Jarvakandi_vallavalitsus, lk 84
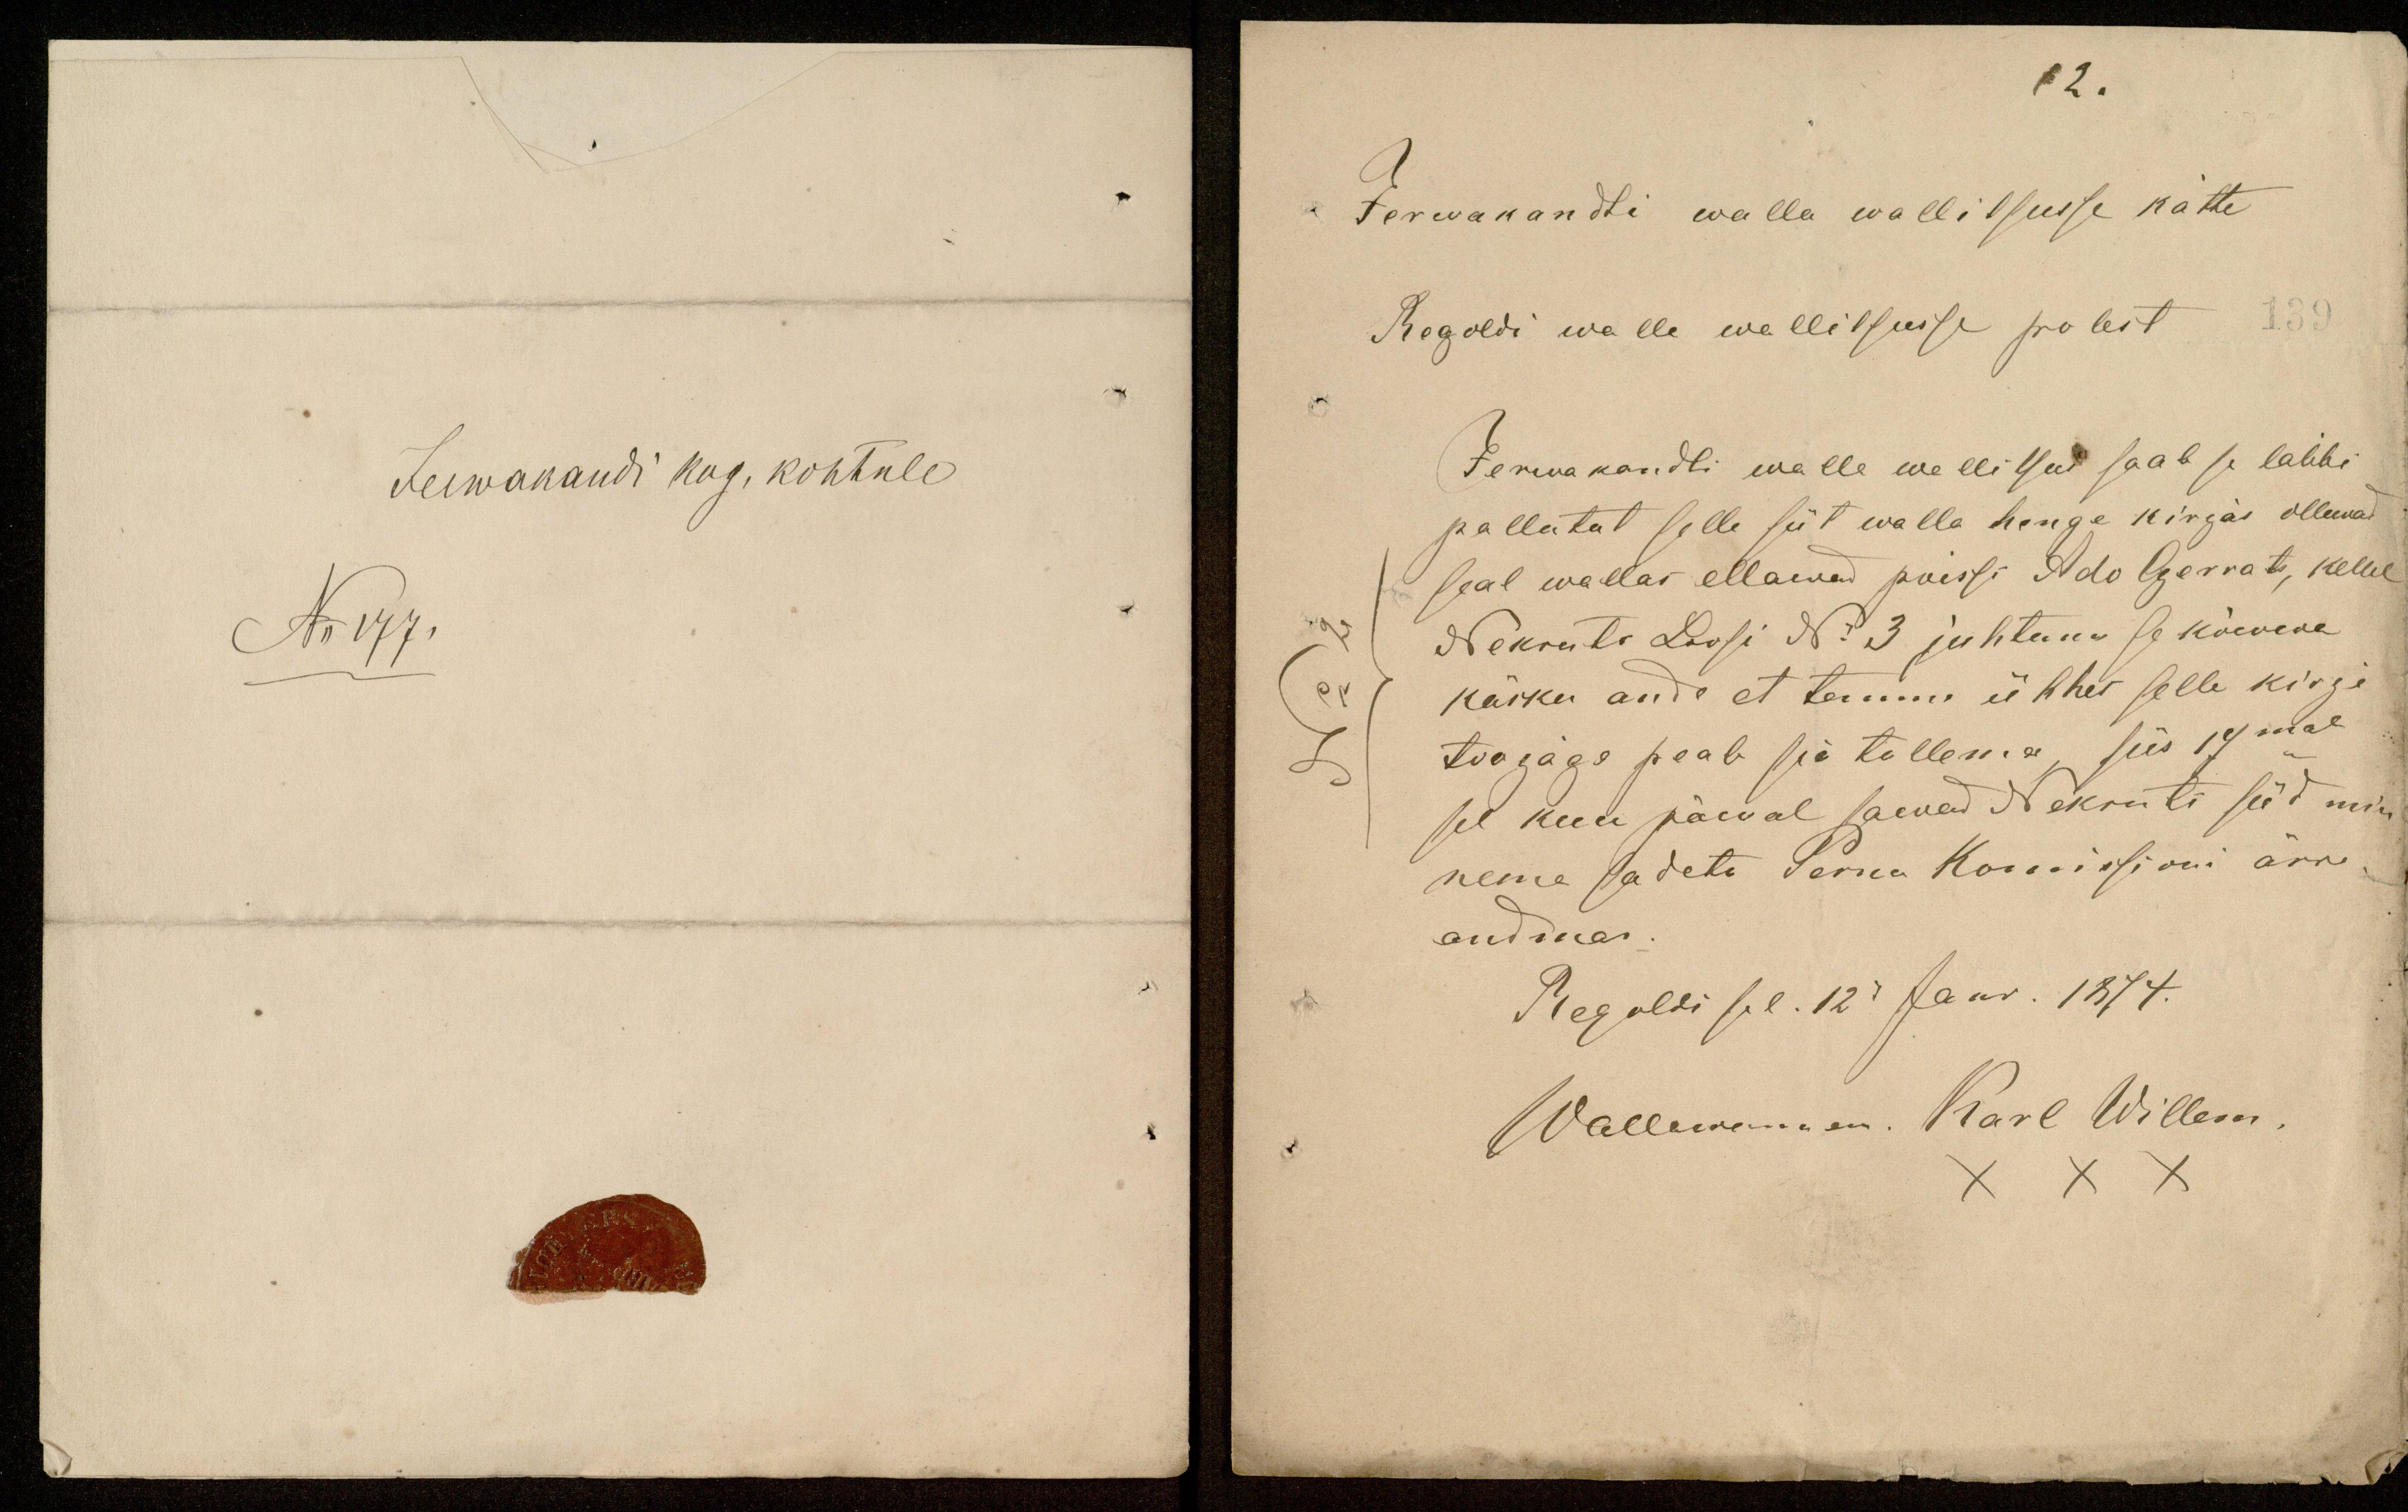
12.

Jerwakandti walla walitsusse kätte
Regoldi walla wallitsusse polest 139
Jerwakandi walla walitsus saab se läbbi
pallutut selle siit walla hinge kirjas ollewad
seal wallas ellawad poissi Ado Gerrat, kellel
Nekruti Loosi N: 3 juhtunu se kõewere
käsku anda et temma ühhes selle kirje
toogäga peab sie tullema, siis 14mal
sel kuu päeval saewad Nekruti süd min
neme sadeta Perna Komissioni ärra
andmas.
Regoldi sel. 12 Janr. 1874
Wallawanem. Karl Willem.
XXX

Jerwakandi kog. kohtule
No 177.